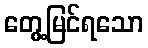
တွေ့မြင်ရသော